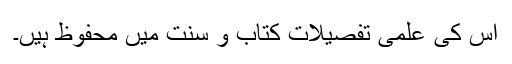
اس کی علمی تفصیلات کتاب و سنت میں محفوظ ہیں۔